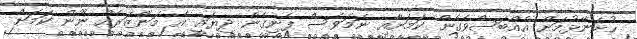
ހުށަނޭޅުމަށް އެއްބަސްވެގެން ކަމަށާއި ނަމަވެސް ފެނިގެން ދިޔައީ އެ މަންޒަރެއް ނޫން ކަމަށް